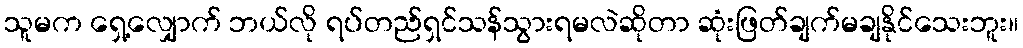
သူမက ရှေ့လျှောက် ဘယ်လို ရပ်တည်ရှင်သန်သွားရမလဲဆိုတာ ဆုံးဖြတ်ချက်မချနိုင်သေးဘူး။